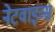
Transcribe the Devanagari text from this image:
नेटवाइव्स